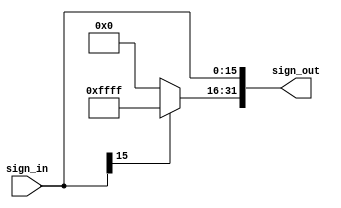
`timescale 1ns / 1ps


module sign_extend(sign_in, sign_out);
input [15:0] sign_in;
output [31:0] sign_out;
assign sign_out[15:0]=sign_in[15:0];
assign sign_out[31:16]=sign_in[15]?16'b1111_1111_1111_1111:16'b0;
endmodule